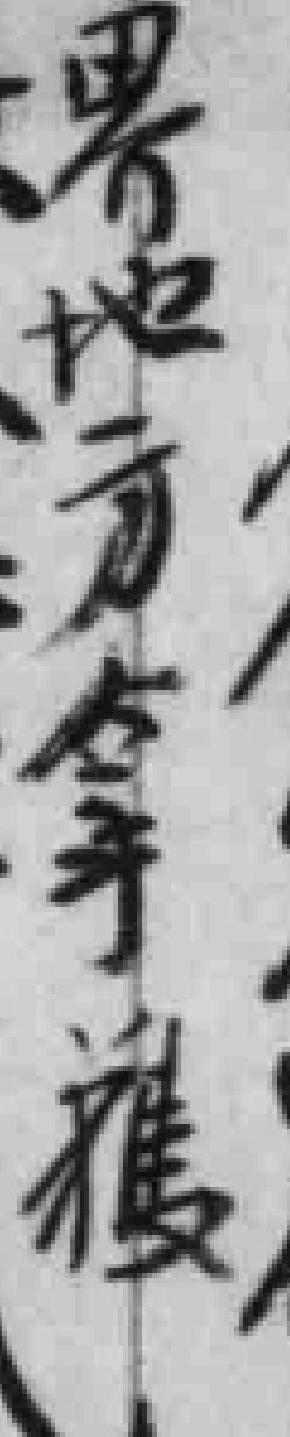
界地方拿獲